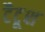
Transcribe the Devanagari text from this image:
टैटूश